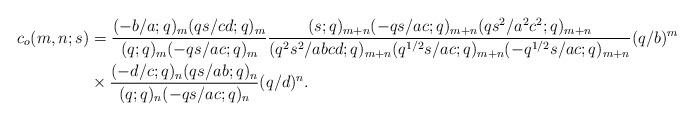
LaTeX: \begin{align*}c_o(m,n;s)&={(-b/a;q)_m(qs/cd;q)_m\over (q;q)_m(-qs/ac;q)_m}{(s;q)_{m+n}(-qs/ac;q)_{m+n}(qs^2/a^2c^2;q)_{m+n}\over (q^2s^2/abcd;q)_{m+n}(q^{1/2}s/ac ;q)_{m+n}(-q^{1/2}s/ac ;q)_{m+n}}(q/b)^m \\&\times {(-d/c;q)_n (qs/ab;q)_n\over (q;q)_n (-qs/ac;q)_n}(q/d)^n.\end{align*}